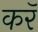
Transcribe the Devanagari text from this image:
करॅ